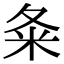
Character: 夈